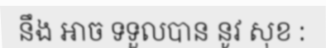
នឹង ឤច ទទួលបាន នូវ សុខ :